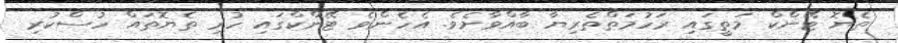
ތެޔޮ ޓޭންކް މަތީގައި ރަހުމަތްތެރިޔާ ބާއްވާށެވެ. އެހެންވެ ޓޭންކްގައި ހުރި ތެޔޮތައް ހުސްކުރި